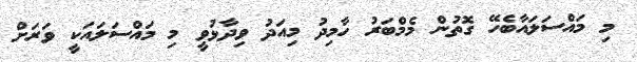
މި މައްސަލައާބެހޭ ގޮތުން މެމްބަރު ހާމިދު މިއަދު ވިދާޅުވީ މި މައްސަލައަކީ ވަރަށް